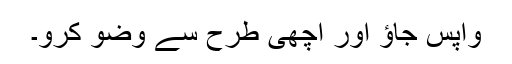
واپس جاؤ اور اچھى طرح سے وضو کرو۔